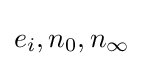
e_{i},n_{0},n_{\infty }